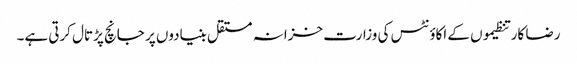
رضا کار تنظیموں کے اکاؤنٹس کی وزارت خزانہ مستقل بنیادوں پر جانچ پڑتال کرتی ہے۔